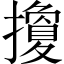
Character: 𢷳